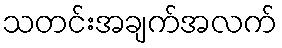
သတင်းအချက်အလက်